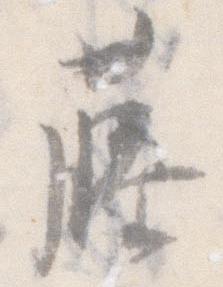
藤